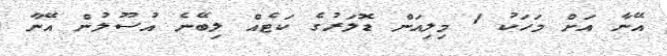
އޭނާ އަށް މަހަކު 1 މިލިއަން ޑޮލަރުގެ ކަޓެއް ލިބޭނެ އުސޫލުން އޭނާ